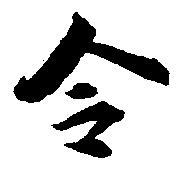
令